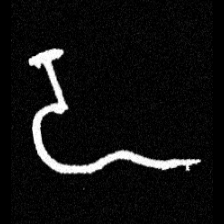
Pyu character \u2014 Myanmar letter: ဍ (romanized: dda)